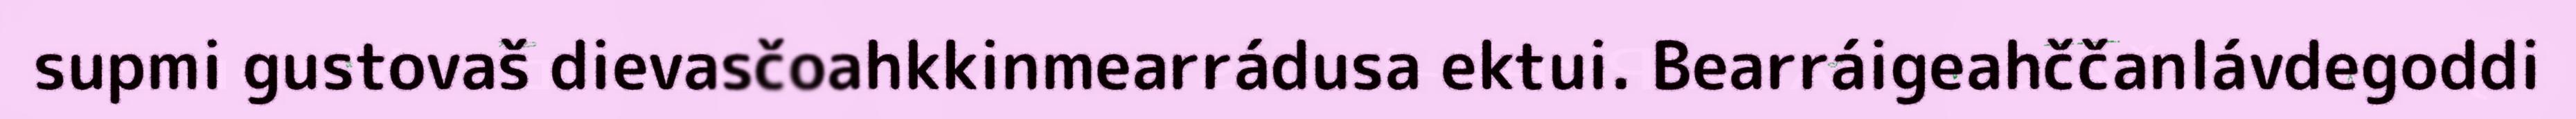
supmi gustovaš dievasčoahkkinmearrádusa ektui. Bearráigeahččanlávdegoddi